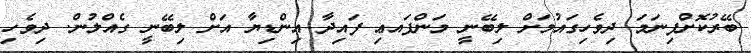
ބޭރުކޮށްފިނަމަ ދިވެހިގައުމަށް ލިބޭނީ މަންފައޢި ފައިދާ އިންޑިޔާ އަށް ލިބޭނީ ގެއްލުން. ދިވެހި